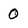
Character: 0